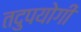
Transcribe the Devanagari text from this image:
तदुपयोगी